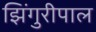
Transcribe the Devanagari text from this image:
झिंगुरीपाल